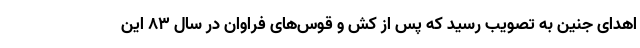
اهدای جنین به تصویب رسید که پس از کش و قوس‌های فراوان در سال ۸۳ این